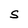
Character: S